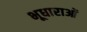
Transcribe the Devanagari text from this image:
भूधाराओं